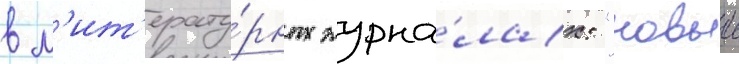
в л'ит'ерату́рных журна́лах: "новыи